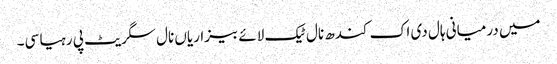
میں درمیانی ہال دی اک کندھ نال ٹیک لائے بیزاریاں نال سگریٹ پی رہیا سی۔